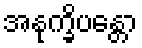
အနုက္ခိပန္တော